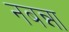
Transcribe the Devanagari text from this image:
नबन्ना